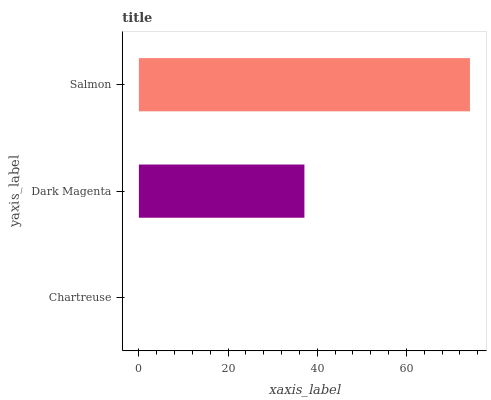
| yaxis_label | bars |
 | --- | --- |
 | Chartreuse | 0 |
 | Dark Magenta | 37.1 |
 | Salmon | 74.2 |